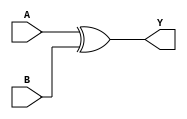
`timescale 1ns / 1ps
//////////////////////////////////////////////////////////////////////////////////
// Company: 
// Engineer: 
// 
// Design Name: 
// Module Name:    XORgate_2Input 
// Project Name: 
// Target Devices: 
// Tool versions: 
// Description: 
//
// Dependencies: 
//
// Revision: 
// Revision 0.01 - File Created
// Additional Comments: 
//
//////////////////////////////////////////////////////////////////////////////////
module XORgate_2Input(
    input A,
    input B,
    output Y
    );

assign Y=A^B;

endmodule